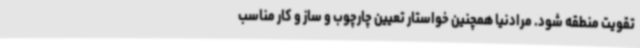
تقویت منطقه شود. مرادنیا همچنین خواستار تعیین چارچوب و ساز و کار مناسب